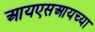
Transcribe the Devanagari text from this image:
आयएसआयच्या